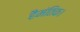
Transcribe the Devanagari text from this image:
हैमंतिक।